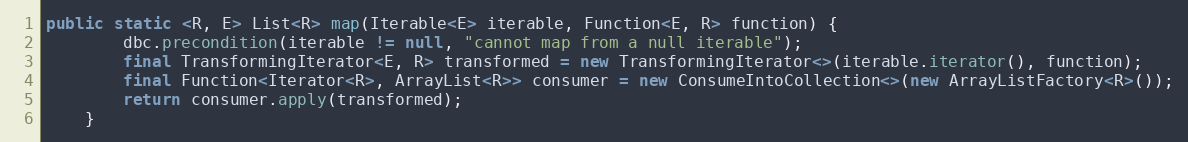
Language: Java
public static <R, E> List<R> map(Iterable<E> iterable, Function<E, R> function) {
        dbc.precondition(iterable != null, "cannot map from a null iterable");
        final TransformingIterator<E, R> transformed = new TransformingIterator<>(iterable.iterator(), function);
        final Function<Iterator<R>, ArrayList<R>> consumer = new ConsumeIntoCollection<>(new ArrayListFactory<R>());
        return consumer.apply(transformed);
    }